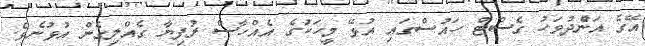
އޭގެ އަނެްދުވަހު ގެސްޓް ހައުސްގައި އުޅޭ މީހަކުގެ އެއްހާސް ރުފިޔާ ގެއްލިގެން އުޅުނެވެ.